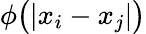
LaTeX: \phi\big(|x_{i}-x_{j}|\big)